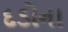
દડોના